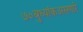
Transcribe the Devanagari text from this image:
७०बुध्यांकअसणारे